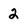
Character: 2